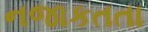
નજાકતતા